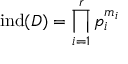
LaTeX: \mathrm { i n d } ( D ) = \prod _ { i = 1 } ^ { r } p _ { i } ^ { m _ { i } }